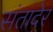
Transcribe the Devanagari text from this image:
संतादेर